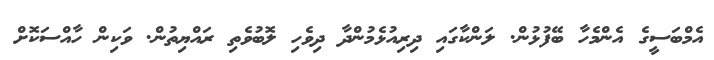
އެމްބަސީގެ އެންމެހާ ބޭފުޅުން. ލަންކާގައި ދިރިއުޅެމުންދާ ދިވެހި ލޮބުވެތި ރައްޔިތުން. ވަކިން ހާއްސަކޮށް